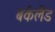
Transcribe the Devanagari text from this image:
बर्कलैंड